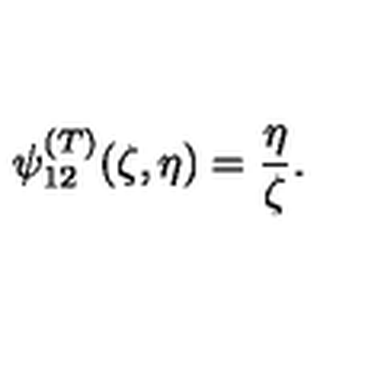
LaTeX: \psi _ { 1 2 } ^ { ( T ) } ( \zeta , \eta ) = \frac { \eta } { \zeta } .